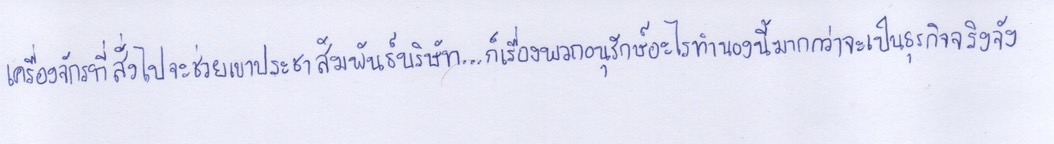
เครื่องจักรที่สั่งไปจะไปช่วยเขาประชาสัมพันธ์บริษัท...ก็เรื่องพวกอนุรักษ์อะไรทำนองนี้มากกว่าจะเป็นธุรกิจจริงจัง